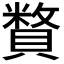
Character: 𧷍